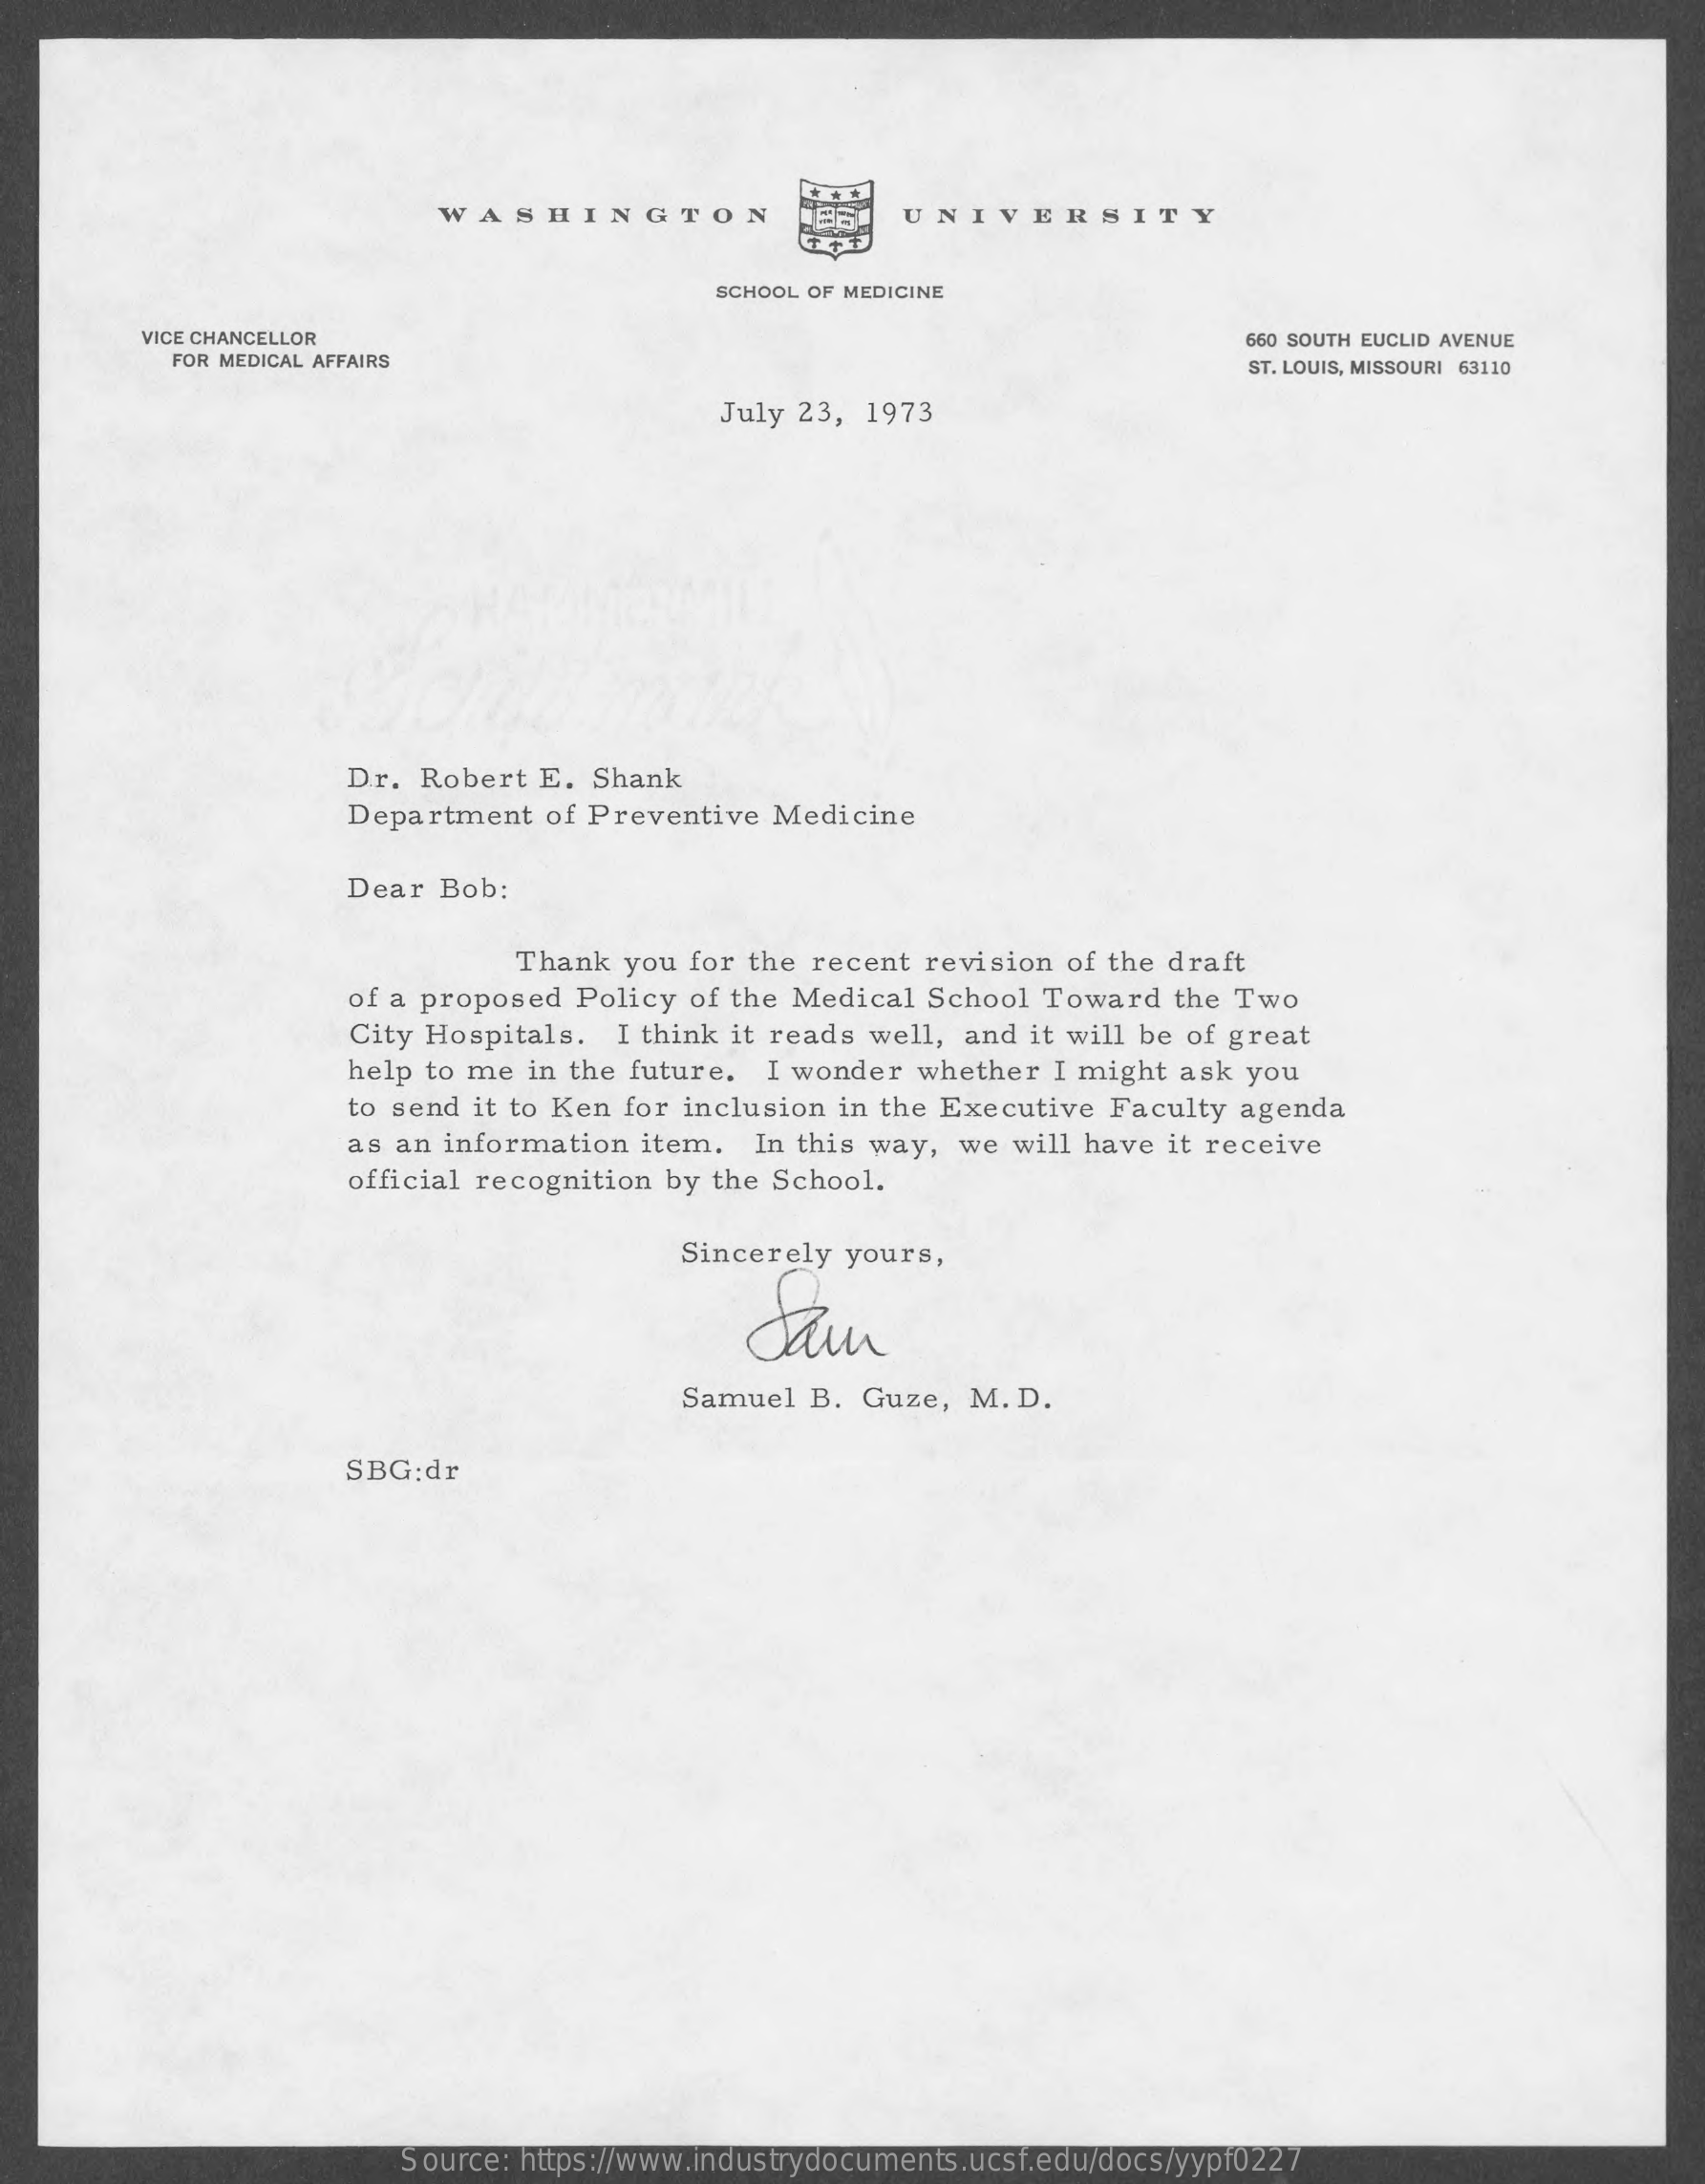
WASHINGTON    UNIVERSITY
     SCHOOL OF MEDICINE
     VICE CHANCELLOR
     FOR MEDICAL AFFAIRS
     660 SOUTH EUCLID AVENUE
     ST. LOUIS, MISSOURI 63110
     July 23,  1973
     Dr.  Robert E.  Shank
     Department   of Preventive  Medicine
     Dear  Bob:
     Thank  you for the recent  revision of the draft
     of a proposed  Policy of the Medical  School  Toward  the Two
     City Hospitals.  I think it reads well, and  it will be of great
     help to me  in the future. I wonder  whether  I might ask  you
     to send it to Ken for inclusion in the Executive  Faculty agenda
     as an information  item.  In this way,  we  will have it receive
     official recognition by the School.
     Sincerely yours,
     Jam
     Samuel  B. Guze,   M.D.
     SBG:dr
     Source: https://www.industrydocuments.ucsf.edu/docs/yypf0227